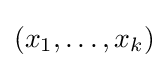
(x_{1},\ldots ,x_{k})